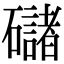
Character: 䃴